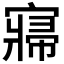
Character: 𡪷